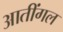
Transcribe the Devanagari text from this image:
आतींगल